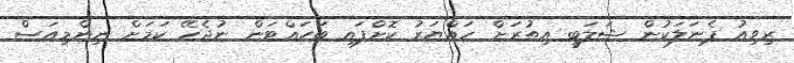
ރިވިއު ޕެނަލަކުން ޝަލަބީ އިތުރަށް ހައްޔަރު ކޮށްފައި ބަހައްޓަން ނުޖެހޭ ކަމަށް ނިންމިއަސް